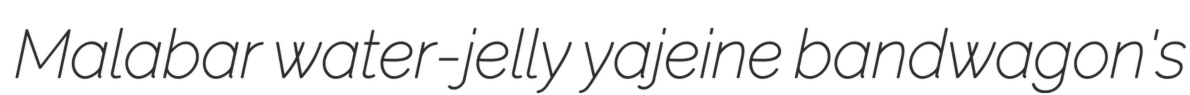
Malabar water-jelly yajeine bandwagon's